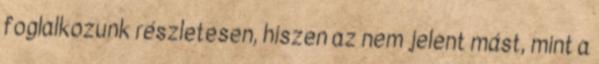
foglalkozunk részletesen, hiszen az nem jelent mást, mint a